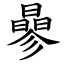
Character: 曑